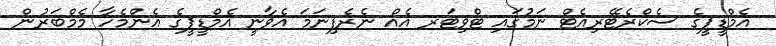
އެމްޑީޕީގެ ސެކްރެޓޭރިއެޓް ނަމުގައި ޓްވިޓަރ އެއް ނެރެފިނަމަ އެވާނީ އެމްޑީޕީގެ އެންމެހާ މެމްބަރުން